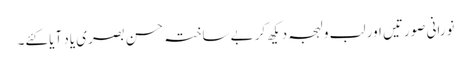
نورانی صورتیں اور لب و لہجہ دیکھ کر بے ساختہ حسن بصری یاد آیا کئے۔